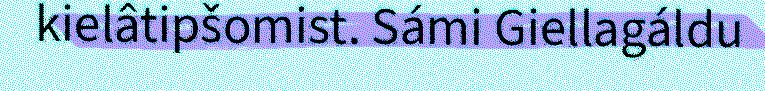
kielâtipšomist. Sámi Giellagáldu